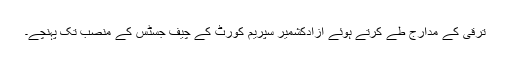
ترقی کے مدارج طے کرتے ہوئے آزادکشمیر سپریم کورٹ کے چیف جسٹس کے منصب تک پہنچے۔